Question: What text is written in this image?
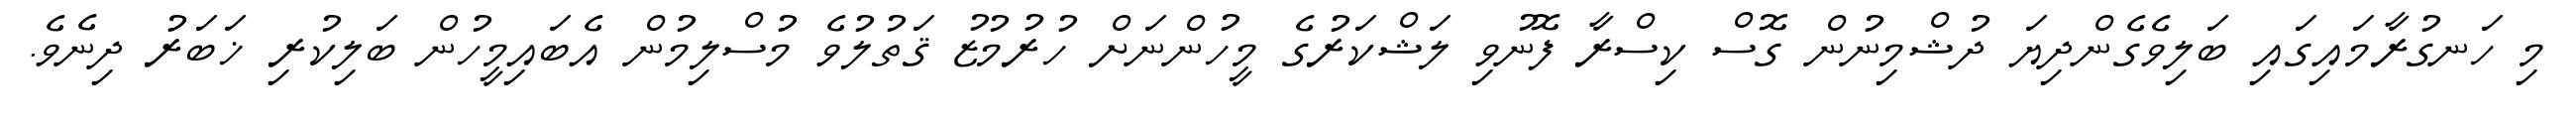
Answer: މި ހަނގުރާމައިގައި ބަލިވެގެންދިޔަ ދުޝްމިނުން ގޮސް ކިސްރާ ފޮނުވި ލަޝްކަރުގެ މީހުންނަށް ހުރުމުޒު ޤަތުލުވެ މުސްލިމުން އެބައިމީހުން ބަލިކުރި ޚަބަރު ދިނެވެ.